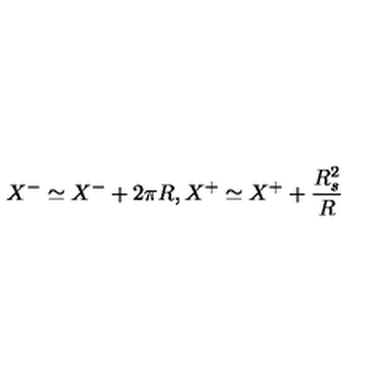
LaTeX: X ^ { - } \simeq X ^ { - } + 2 \pi R , X ^ { + } \simeq X ^ { + } + { \frac { R _ { s } ^ { 2 } } { R } }